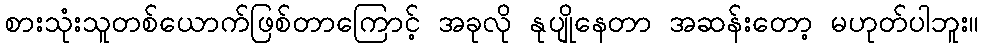
စားသုံးသူတစ်ယောက်ဖြစ်တာကြောင့် အခုလို နုပျိုနေတာ အဆန်းတော့ မဟုတ်ပါဘူး။